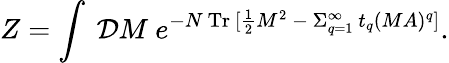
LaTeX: Z=\int~{\cal D}M~e^{-N\ \mathrm{Tr}~[{\frac{1}{2}}M^{2}~-{}~\Sigma_{q=1}^{\infty}~t_{q}(MA)^{q}]}.